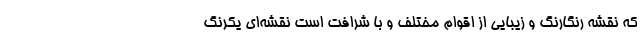
که نقشه رنگارنگ و زیبایی از اقوام مختلف و با شرافت است نقشه‌ای یکرنگ